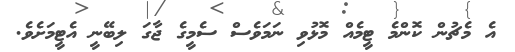
އެ މެޗުން ކޮންމެ ޓީމެއް މޮޅުވި ނަމަވެސް ސެމީގެ ޖާގަ ލިބޭނީ އެޓީމަށެވެ.